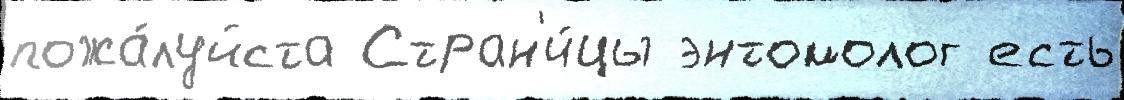
пожа́луйста Стран'и́цы энтомолог есть